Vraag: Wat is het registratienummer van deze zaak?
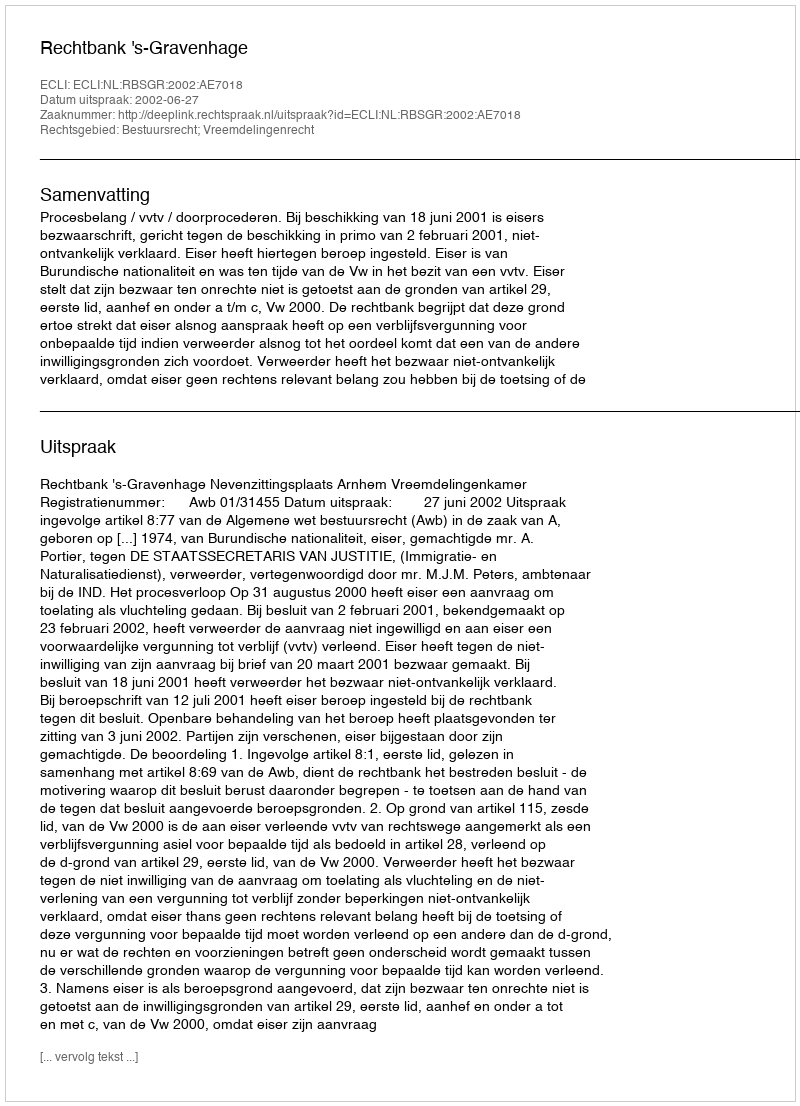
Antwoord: http://deeplink.rechtspraak.nl/uitspraak?id=ECLI:NL:RBSGR:2002:AE7018